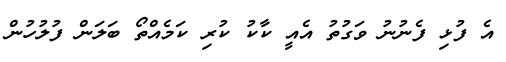
އެ ފުޅި ފެނުނު ވަގުތު އެއީ ކާކު ކުރި ކަމެއްތޯ ބަލަން ފުލުހުން